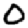
Digit: 0